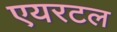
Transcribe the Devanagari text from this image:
एयरटल